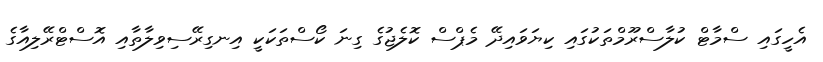
އެހީގައި ސްމާޓް ކުލާސްރޫމްތަކުގައި ކިޔަވައިދޭ މެޕްސް ކޮލެޖުގެ ގިނަ ކޯސްތަކަކީ އިނގިރޭސިވިލާތާއި އޮސްޓްރޭލިއާގެ